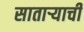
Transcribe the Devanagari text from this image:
सातार्‍याची